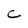
Character: C